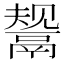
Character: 鬶